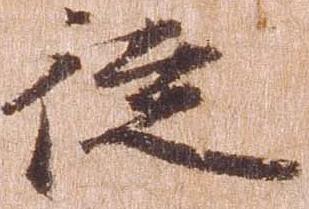
従